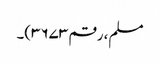
مسلم، رقم ۳۶۷۳)۔